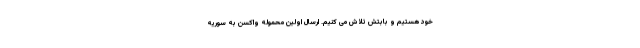
خود هستیم و بابتش تلاش می کنیم. ارسال اولین محموله واکسن به سوریه